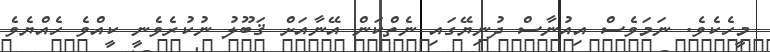
މީހެކެވެ. ނަމަވެސް އިއުނާސް ދުނިޔޭގައި ނެތްކަން އޭނާއަށް ޤަބޫލު ނުކުރެވެނީ ކީއްވެ ހެއްޔެވެ